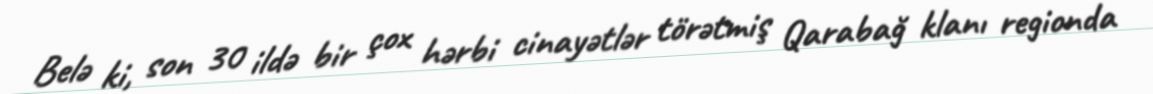
Belə ki, son 30 ildə bir çox hərbi cinayətlər törətmiş Qarabağ klanı regionda